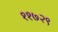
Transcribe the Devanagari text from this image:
११७२९